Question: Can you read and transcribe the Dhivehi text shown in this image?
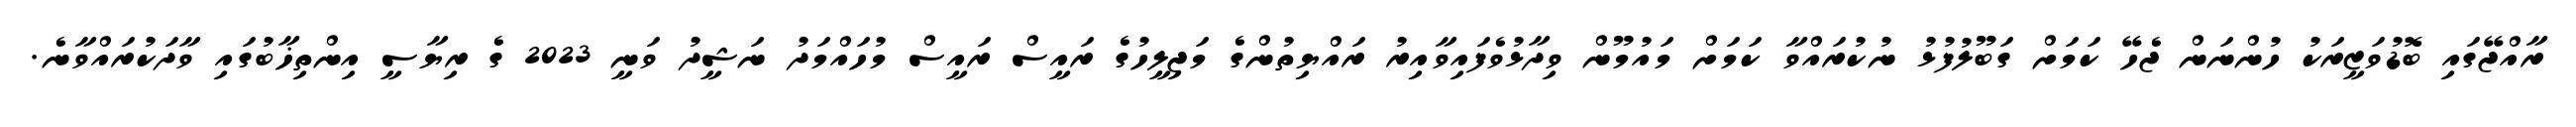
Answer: ރާއްޖޭގައި ބޮޑުވަޒީރަކު ހުންނަން ޖެހޭ ކަމަށް ގަބޫލުފުޅު ނުކުރައްވާ ކަމަށް މައުމޫން ވިދާޅުވެފައިވާއިރު ރައްޔިތުންގެ މަޖިލީހުގެ ރައީސް ރައީސް މުހައްމަދު ނަޝީދު ވަނީ 2023 ގެ ރިޔާސީ އިންތިޚާބުގައި ވާދަކުރައްވާނެ.